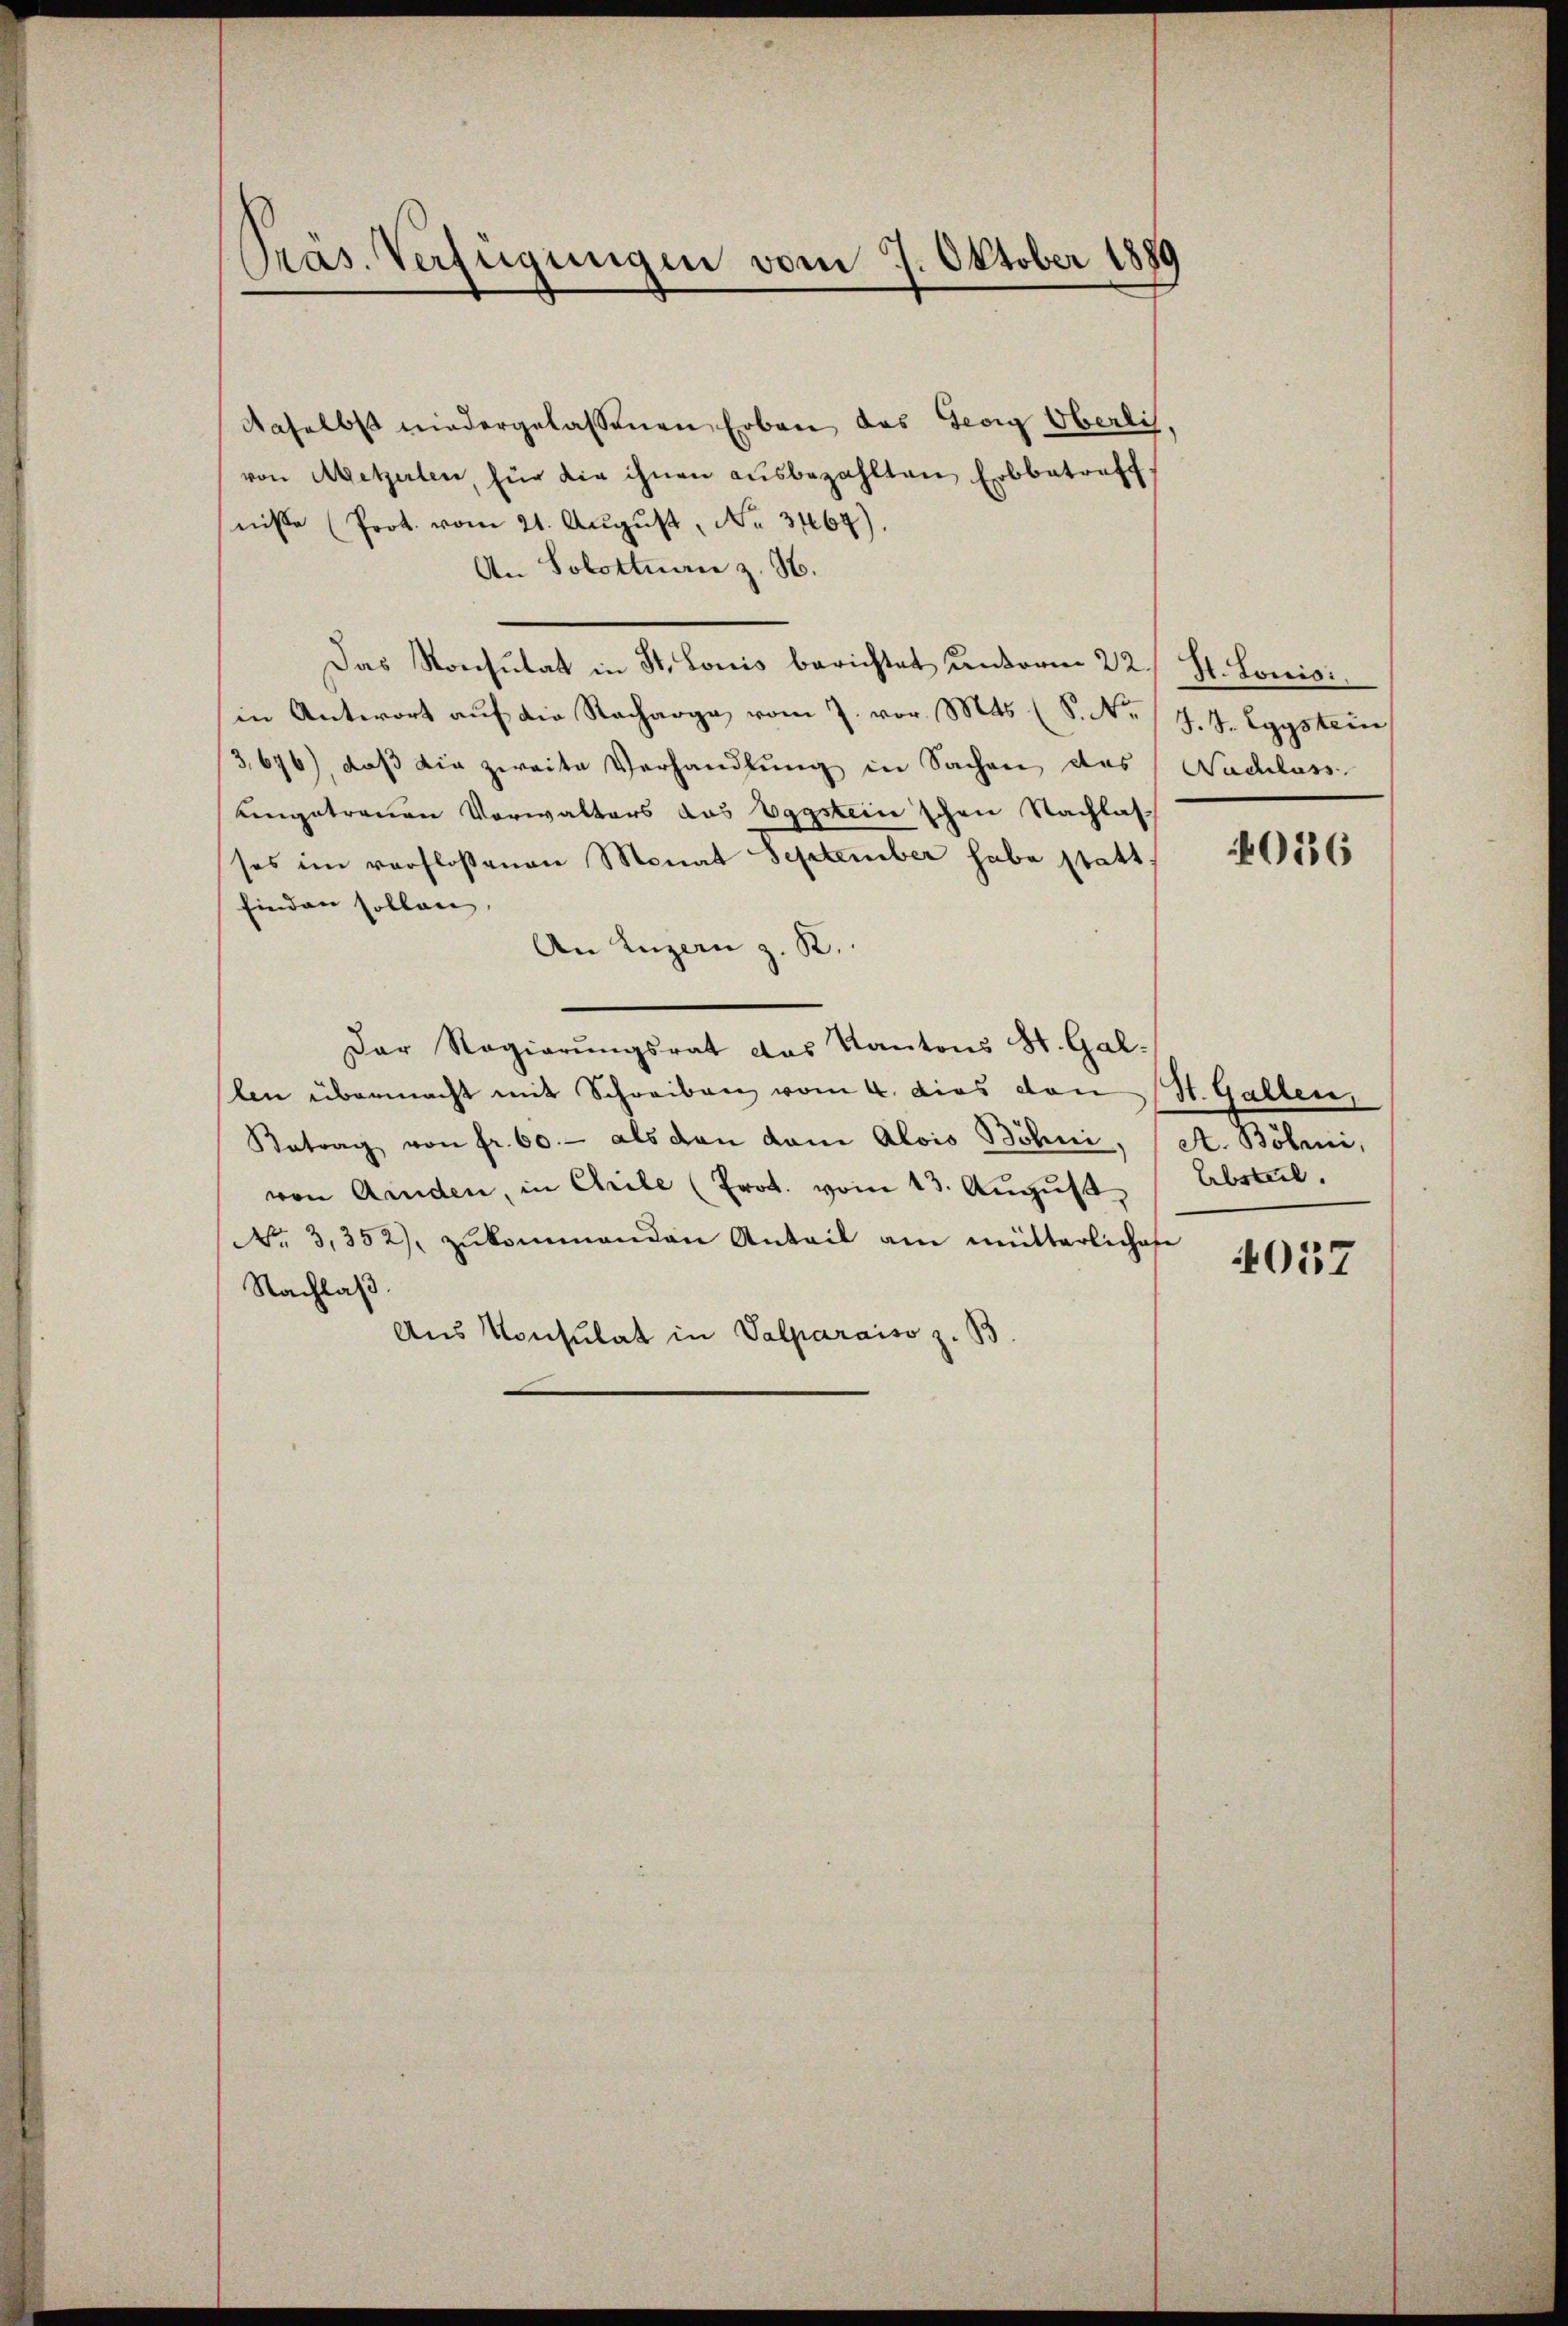
Präs. Verfügungen vom 7. Oktober 1889

Naselbst niedergelassenen Erben das Georg Oberlis,
von Metzerlen, für die ihnen aŭsbezahlten Erbbetreff
niße (Prot. vom 21. August, No 3467)
An Solottan z. H.
Das Konsulat in St. Louis berichtet unterm 22. St. Louisi
in Antwort aŭf die Racharge vom 7. vor. Mts. (S. Nr. / J. J. Egystem
3,676), daß die zweite Verhandlung in Sachen des Nachlass
eingetrauen Vorwalters das Vagstein schon Nachlas
ses im verfloßenen Monat September habe statt:
finden sollen.
An Luzern z. B.
Der Regierŭngsrat das Kantons St. Gal-
len übermacht mit Schreiben vom 4. dies von St. Gallen,
Betrag von fr. 60.- als dan dem Alois Böhni, (A. Böhmi,
von Aenden, in Chrile (Prot. vom 13. August,
No 3,352), zŭkommenden Anteil am mütterlichese
Nachlaß.
Aus Konsulat in Valparaiso z. B

036

Absteil.

4057